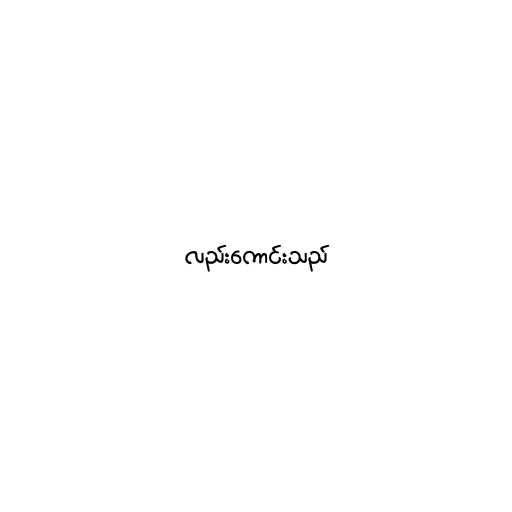
လည်းကောင်းသည်